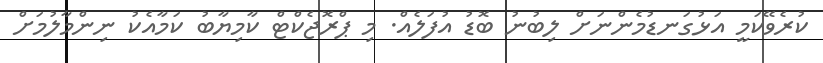
ކުރެވޭކަމީ އަޅުގަނޑުމެންނަށް ލިބުނު ބޮޑު އުފަލެއް. މި ޕްރޮޖެކްޓް ކާމިޔާބު ކަމާއެކު ނިންމާލުމަށް